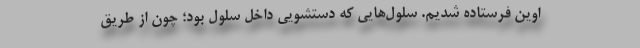
اوین فرستاده شدیم. سلول‌هایی كه دستشویی داخل سلول بود؛ چون از طریق